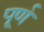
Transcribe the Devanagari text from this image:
पू्र्ण